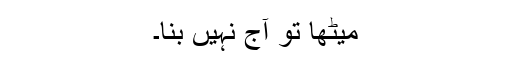
میٹھا تو آج نہیں بنا۔